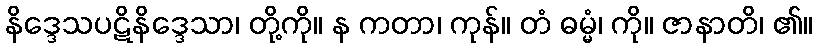
နိဒ္ဒေသပဋိနိဒ္ဒေသာ၊ တို့ကို။ န ကတာ၊ ကုန်။ တံ ဓမ္မံ၊ ကို။ ဇာနာတိ၊ ၏။